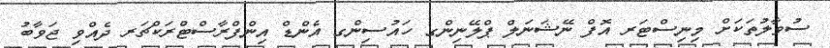
ސުވާލުތަކަށް މިނިސްޓަރ އޮފް ނޭޝަނަލް ޕްލޭނިންގ ހައުސިންގ އެންޑް އިންފްރާސްޓްރަކްޗަރ ދެއްވި ޖަވާބު